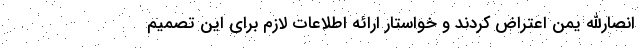
انصارالله یمن اعتراض کردند و خواستار ارائه اطلاعات لازم برای این تصمیم